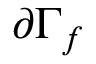
\partial \Gamma _ { f }